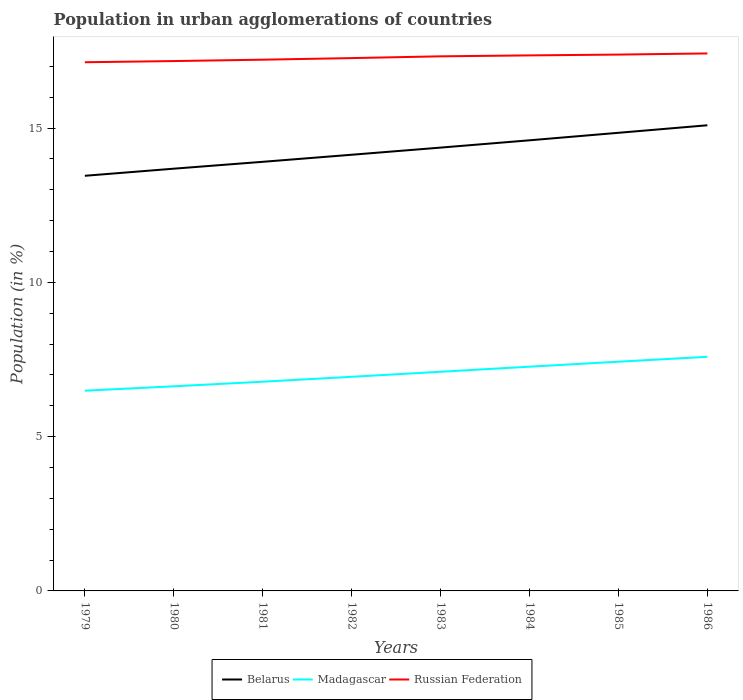
| Years | Belarus | Madagascar | Russian Federation |
 | --- | --- | --- | --- |
 | 1979 | 13.5 | 6.49 | 17.1 |
 | 1980 | 13.7 | 6.63 | 17.2 |
 | 1981 | 13.9 | 6.78 | 17.2 |
 | 1982 | 14.1 | 6.94 | 17.3 |
 | 1983 | 14.4 | 7.1 | 17.3 |
 | 1984 | 14.6 | 7.27 | 17.4 |
 | 1985 | 14.8 | 7.43 | 17.4 |
 | 1986 | 15.1 | 7.59 | 17.4 |